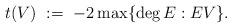
LaTeX: \begin{align*}t(V) \ := \ -2 \max \{\deg E : E V \}.\end{align*}